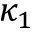
\kappa _ { 1 }